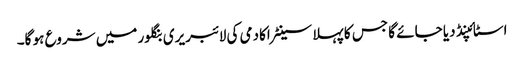
اسٹائپنڈ دیا جائے گا جس کا پہلا سینٹر اکادمی کی لائبریری بنگلور میں شروع ہو گا۔